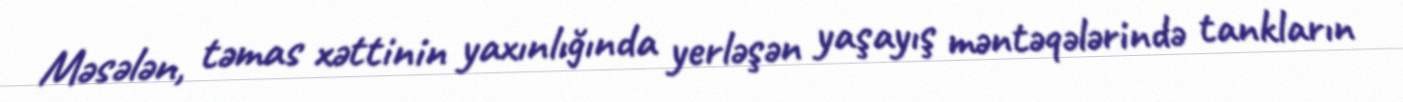
Məsələn, təmas xəttinin yaxınlığında yerləşən yaşayış məntəqələrində tankların